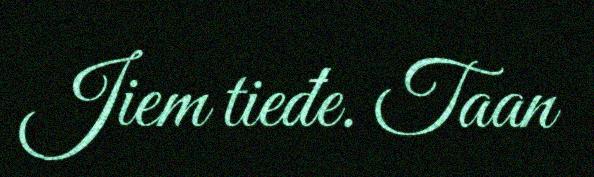
Jiem tieđe. Taan